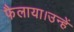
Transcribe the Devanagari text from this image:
फैलाया।उन्हें